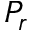
P _ { r }